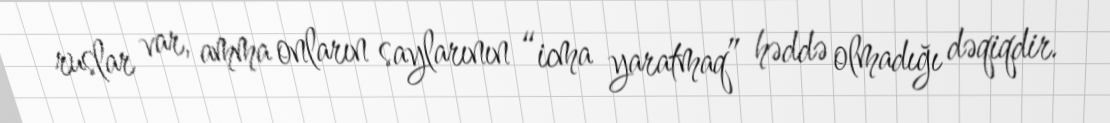
ruslar var, amma onların saylarının “icma yaratmaq” həddə olmadığı dəqiqdir.